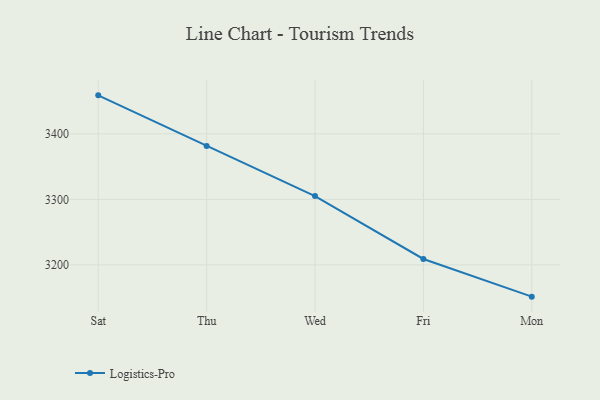
{"axis": {"x": "Day", "y": "Churn Rate (%)"}, "legend": ["Logistics-Pro"], "data": [{"x": "Sat", "y": 3458.8, "type": "Logistics-Pro"}, {"x": "Thu", "y": 3381.4, "type": "Logistics-Pro"}, {"x": "Wed", "y": 3305.0, "type": "Logistics-Pro"}, {"x": "Fri", "y": 3209.0, "type": "Logistics-Pro"}, {"x": "Mon", "y": 3151.5, "type": "Logistics-Pro"}]}